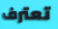
تعترف